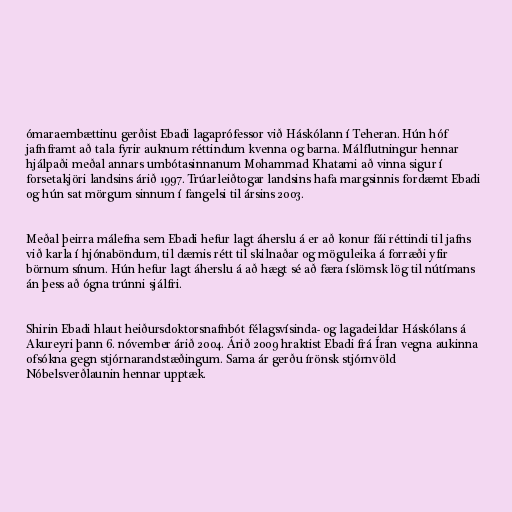
ómaraembættinu gerðist Ebadi lagaprófessor við Háskólann í Teheran. Hún hóf
jafnframt að tala fyrir auknum réttindum kvenna og barna. Málflutningur hennar
hjálpaði meðal annars umbótasinnanum Mohammad Khatami að vinna sigur í
forsetakjöri landsins árið 1997. Trúarleiðtogar landsins hafa margsinnis fordæmt Ebadi
og hún sat mörgum sinnum í fangelsi til ársins 2003.

Meðal þeirra málefna sem Ebadi hefur lagt áherslu á er að konur fái réttindi til jafns
við karla í hjónaböndum, til dæmis rétt til skilnaðar og möguleika á forræði yfir
börnum sínum. Hún hefur lagt áherslu á að hægt sé að færa íslömsk lög til nútímans
án þess að ógna trúnni sjálfri.

Shirin Ebadi hlaut heiðursdoktorsnafnbót félagsvísinda- og lagadeildar Háskólans á
Akureyri þann 6. nóvember árið 2004. Árið 2009 hraktist Ebadi frá Íran vegna aukinna
ofsókna gegn stjórnarandstæðingum. Sama ár gerðu írönsk stjórnvöld
Nóbelsverðlaunin hennar upptæk.